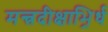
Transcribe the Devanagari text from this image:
मन्त्रदीक्षाभिर्र्ध